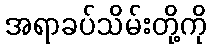
အရာခပ်သိမ်းတို့ကို